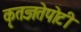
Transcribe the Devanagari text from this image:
कृतज्ञतेपोटी